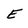
Character: E